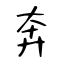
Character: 奔